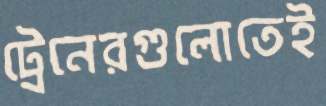
ট্রেনেরগুলোতেই